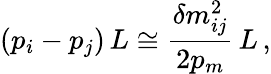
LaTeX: (p_{i}-p_{j})\, L\cong\frac{\delta m_{ij}^{2}}{2p_{m}}\, L\, ,